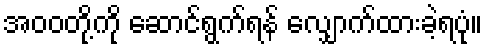
အဝဝတို့ကို ဆောင်ရွက်ရန် လျှောက်ထားခဲ့ရပုံ။